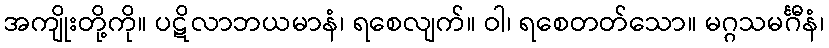
အကျိုးတို့ကို။ ပဋိလာဘယမာနံ၊ ရစေလျက်။ ဝါ၊ ရစေတတ်သော။ မဂ္ဂသမင်္ဂီနံ၊